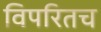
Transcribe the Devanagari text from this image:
विपरितच